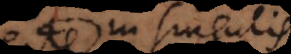
in singulis